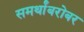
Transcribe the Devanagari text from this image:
समर्थांबरोबर